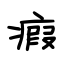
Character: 瘕